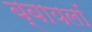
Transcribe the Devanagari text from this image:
ब्वायलॉ